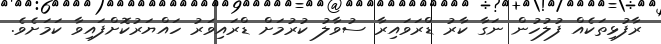
ރާފުޅިތަކެއް ފުލުހުން ނަގާ ކާރު ޑްރަވައިރާ ސުވާލު ކުރުމަށް ޑްރައިވަރު ހައްޔަރުކޮށްފައިވާ ކަމަށެވެ.